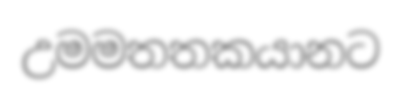
උමමතතකයානට